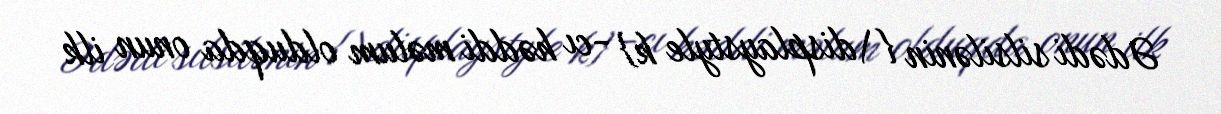
Ədədi silsilənin {\displaystyle k} -cı həddi məlum olduqda onun ilk